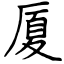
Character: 厦